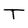
Character: T